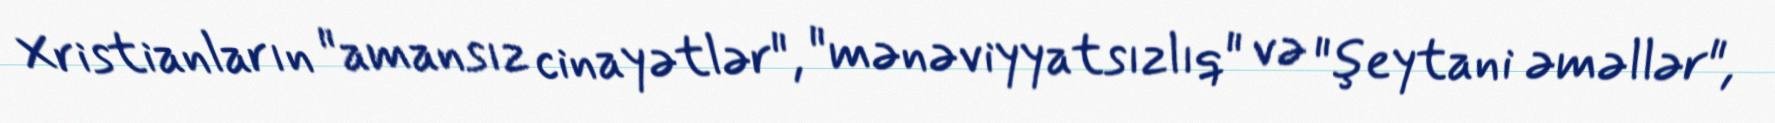
Xristianların "amansız cinayətlər", "mənəviyyatsızlıq" və "şeytani əməllər",